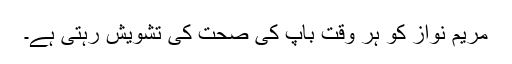
مریم نواز کو ہر وقت باپ کی صحت کی تشویش رہتی ہے۔